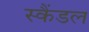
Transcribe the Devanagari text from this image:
स्‍कैंडल